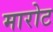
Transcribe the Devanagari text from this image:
मारोट